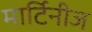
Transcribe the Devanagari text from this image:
मार्टिनीज